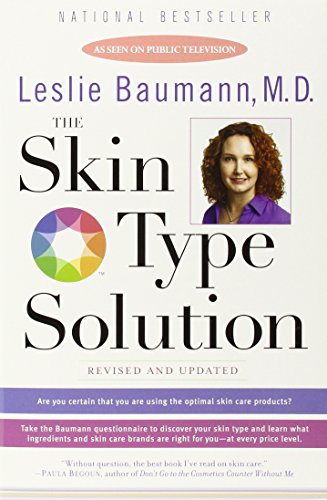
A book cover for The Skin Type Solution; Leslie Baumann; Health, Fitness & Dieting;